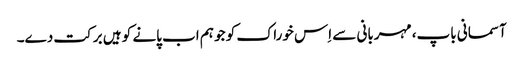
آسمانی باپ، مہربانی سے اِس خوراک کو جو ہم اب پانے کو ہیں برکت دے۔